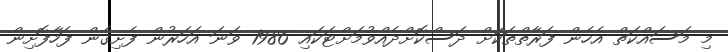
މި މަސައްކަތް އެހެން ފަރާތްތަކަށް ދަސްކޮށްދެއްވުމަށްޓަކައި 1986 ވަނަ އަހަރުން ފެށިގެން ފަހާފޮށިން